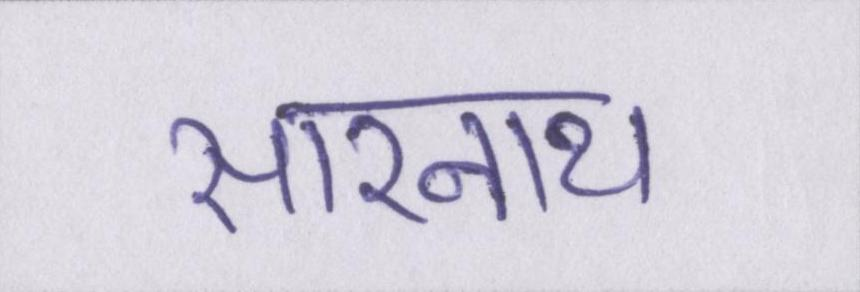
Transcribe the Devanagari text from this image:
सारनाथ